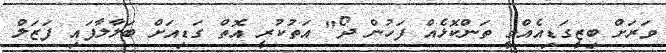
ވަރަށް ބިޒީގަޑިއެއްމީ ތަންކޮޅެއް ފަހުން ދޯ" އަތުކުރީ އޮތް ގަޑިއަށް ބަލާލާފައި ފަޒަލް